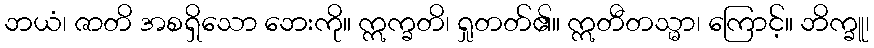
ဘယံ၊ ဇာတိ အစရှိသော ဘေးကို။ ဣက္ခတိ၊ ရှုတတ်၏။ ဣတီတသ္မာ၊ ကြောင့်။ ဘိက္ခူ၊